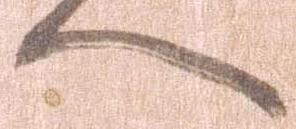
へ